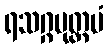
ရသဂ္ဂမုတ္တမံ